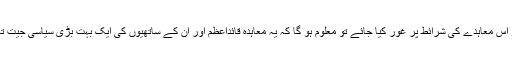
اگر اس معاہدے کی شرائط پر غور کیا جائے تو معلوم ہو گا کہ یہ معاہدہ قائداعظم اور ان کے ساتھیوں کی ایک بہت بڑی سیاسی جیت تھی۔